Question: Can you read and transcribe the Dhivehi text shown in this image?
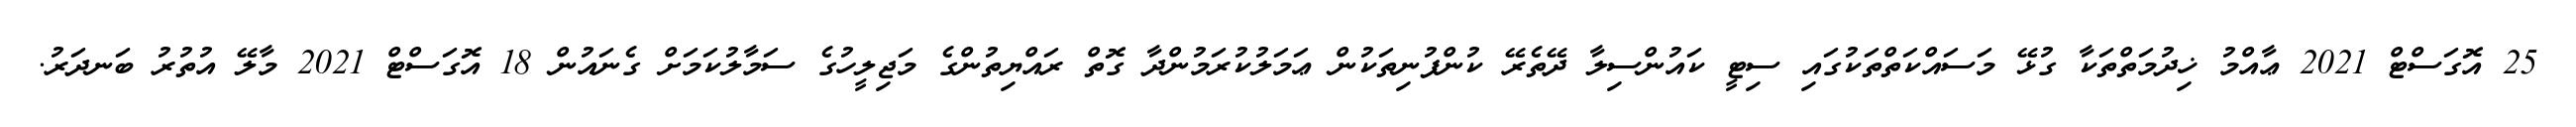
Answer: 25 އޮގަސްޓް 2021 ޢާއްމު ޚިދުމަތްތަކާ ގުޅޭ މަސައްކަތްތަކުގައި ސިޓީ ކައުންސިލާ ދޭތެރޭ ކުންފުނިތަކުން ޢަމަލުކުރަމުންދާ ގޮތް ރައްޔިތުންގެ މަޖިލީހުގެ ސަމާލުކަމަށް ގެނައުން 18 އޮގަސްޓް 2021 މާލޭ އުތުރު ބަނދަރު.